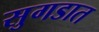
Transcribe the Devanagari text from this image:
सुगडात